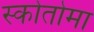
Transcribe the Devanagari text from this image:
स्कोतोमा